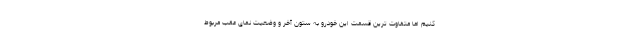
کنیم اما متفاوت ترین قسمت این خودرو به ستون آخر و وضعیت نمای عقب مربوط